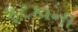
ફટકાની